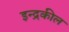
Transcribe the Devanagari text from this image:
इन्द्रकील